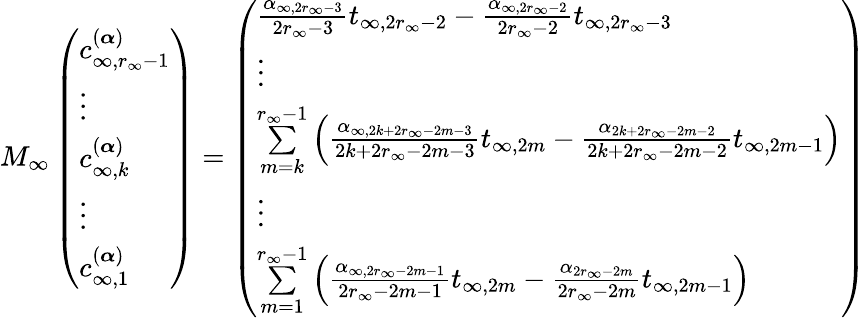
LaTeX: M_{\infty}\left(\begin{array}{l}{c_{\infty,r_{\infty}-1}^{(\boldsymbol{\alpha})}}\\ {\vdots}\\ {c_{\infty,k}^{(\boldsymbol{\alpha})}}\\ {\vdots}\\ {c_{\infty,1}^{(\boldsymbol{\alpha})}}\end{array}\right)=\left(\begin{array}{l}{\frac{\alpha_{\infty,2r_{\infty}-3}}{2r_{\infty}-3}t_{\infty,2r_{\infty}-2}-\frac{\alpha_{\infty,2r_{\infty}-2}}{2r_{\infty}-2}t_{\infty,2r_{\infty}-3}}\\ {\vdots}\\ {\underset{m=k}{\overset{r_{\infty}-1}{\sum}}\left(\frac{\alpha_{\infty,2k+2r_{\infty}-2m-3}}{2k+2r_{\infty}-2m-3}t_{\infty,2m}-\frac{\alpha_{2k+2r_{\infty}-2m-2}}{2k+2r_{\infty}-2m-2}t_{\infty,2m-1}\right)}\\ {\vdots}\\ {\underset{m=1}{\overset{r_{\infty}-1}{\sum}}\left(\frac{\alpha_{\infty,2r_{\infty}-2m-1}}{2r_{\infty}-2m-1}t_{\infty,2m}-\frac{\alpha_{2r_{\infty}-2m}}{2r_{\infty}-2m}t_{\infty,2m-1}\right)}\end{array}\right)